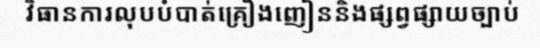
វិធានការលុបបំបាត់គ្រឿងញៀននិងផ្សព្វផ្សាយច្បាប់